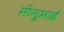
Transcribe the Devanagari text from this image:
मोगुभाई